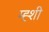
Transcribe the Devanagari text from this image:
म्ह्शी